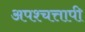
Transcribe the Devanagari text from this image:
अपश्चत्तापी